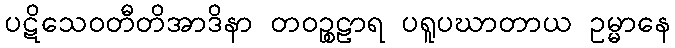
ပဋိသေဝတီတိအာဒိနာ တဝဉ္စဠာရ ပရူပဃာတာယ ဥမ္မာနေ